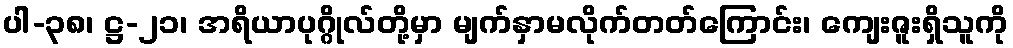
ပါ-၃၈၊ ဋ္ဌ-၂၁၊ အရိယာပုဂ္ဂိုလ်တို့မှာ မျက်နှာမလိုက်တတ်ကြောင်း၊ ကျေးဇူးရှိသူကို